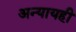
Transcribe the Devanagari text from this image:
अन्यायही